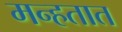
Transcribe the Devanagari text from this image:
मन्हतात